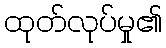
ထုတ်လုပ်မှု၏